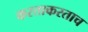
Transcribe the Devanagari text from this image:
करताकरताच